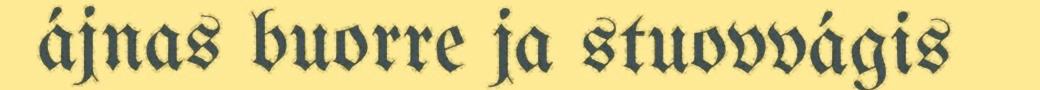
ájnas buorre ja stuovvágis